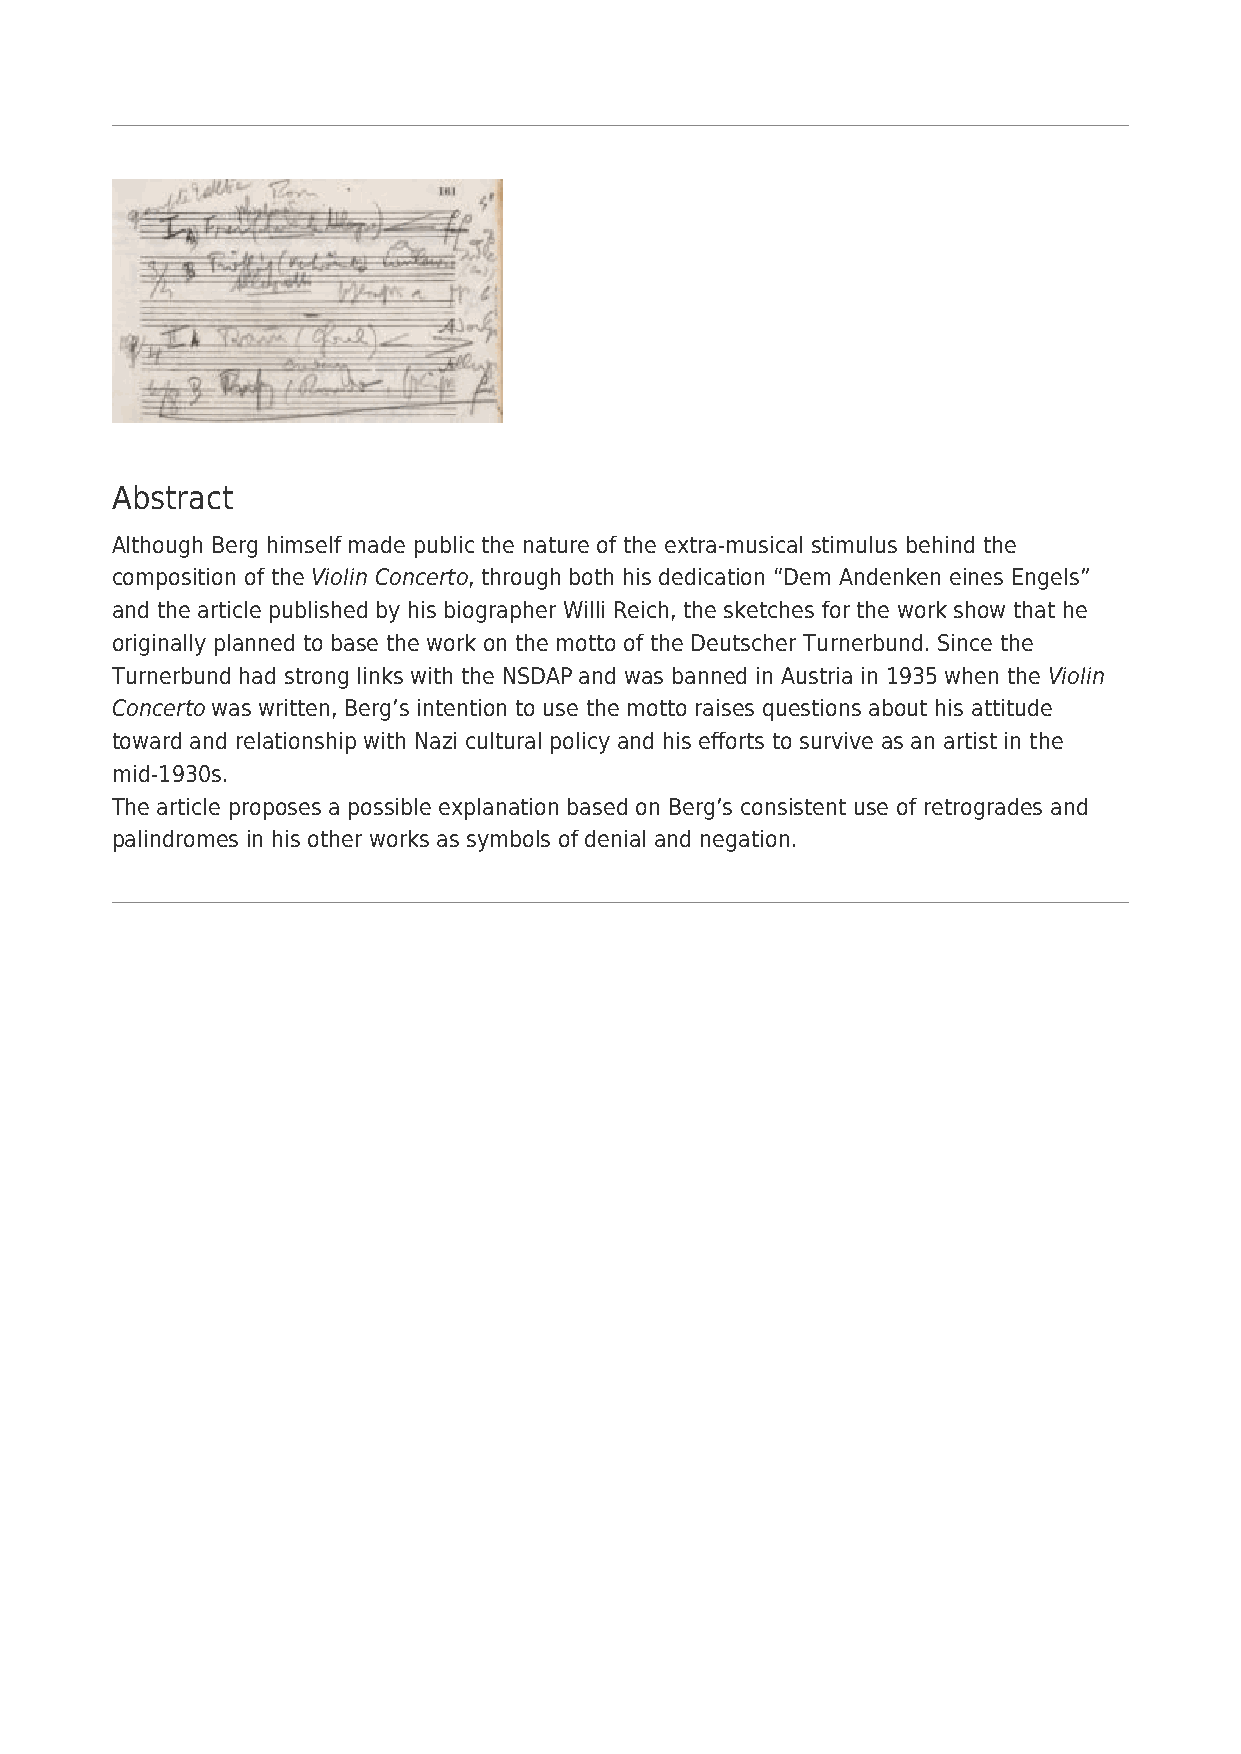
Abstract
 Although Berg himself made public the nature of the extra-musical stimulus behind the
 composition of the Violin Concerto, through both his dedication “Dem Andenken eines Engels”
 and the article published by his biographer Willi Reich, the sketches for the work show that he
 originally planned to base the work on the motto of the Deutscher Turnerbund. Since the
 Turnerbund had strong links with the NSDAP and was banned in Austria in 1935 when the Violin
 Concerto was written, Berg’s intention to use the motto raises questions about his attitude
 toward and relationship with Nazi cultural policy and his efforts to survive as an artist in the
 mid-1930s.
 The article proposes a possible explanation based on Berg’s consistent use of retrogrades and
 palindromes in his other works as symbols of denial and negation.